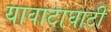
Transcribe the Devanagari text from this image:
यावाटाघाटी